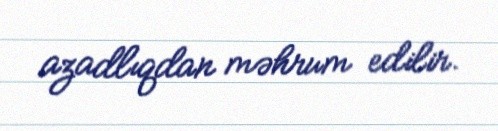
azadlıqdan məhrum edilir.